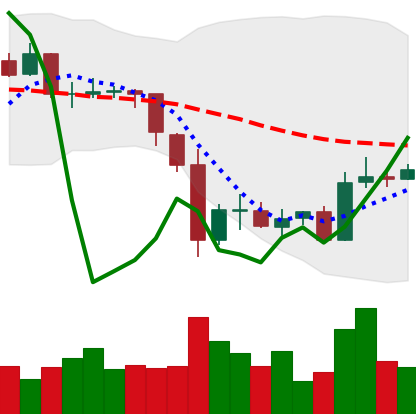
Ticker: BTC-USD
Chart end date: 2015-06-11
Forward return: 9.225%
Label: up_7plus